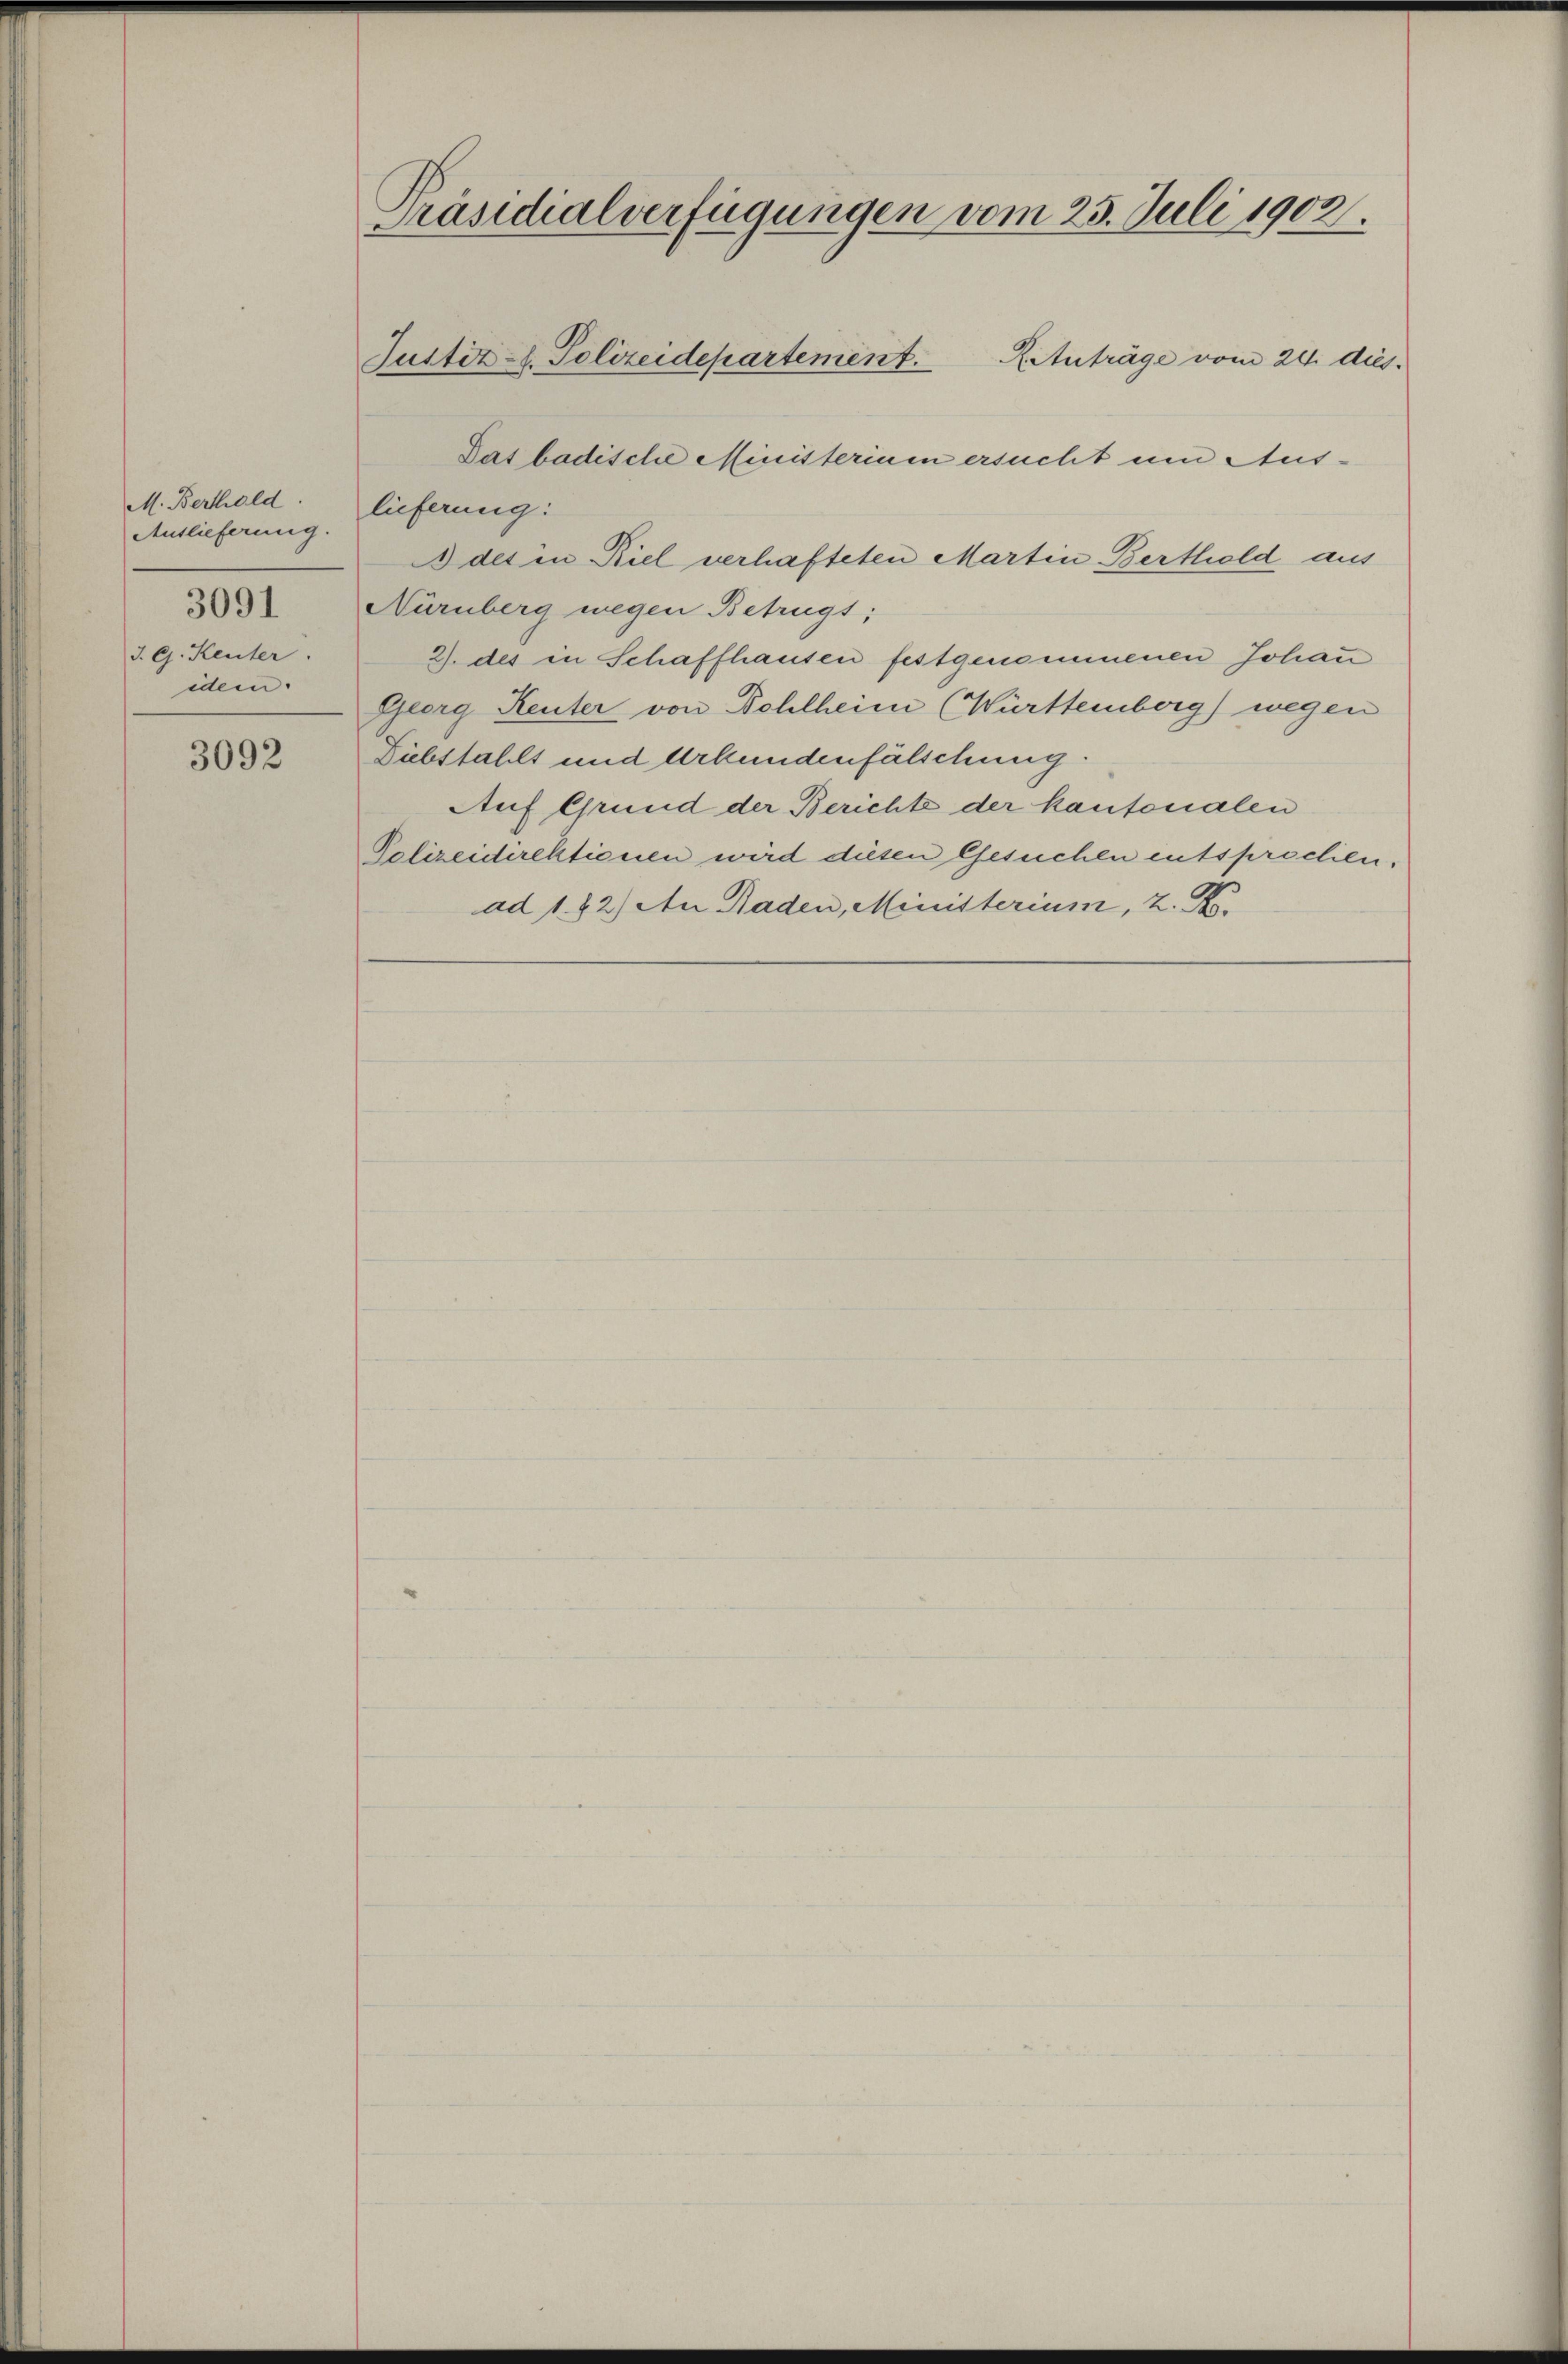
M. Berthald.
Auslieferung.
3091
J. G. Kenter
idem.

3092

Präsidialverfügungen vom 25. Juli 1902.
Justiz-S. Polizeidepartement. Retuträge vom 24. dies

Das badische Ministerium ersucht um Auslieferung:
 des in Biel verhafteten Martin Berthold aus
Nürnberg wegen Betrügt;
2. des in Schaffhausen festgenommenen Johan
Georg Reuter von Dohlheim (Württemberg) wegen
Diebstahls und Urkundenfälschung.
Auf Grund der Berichte der kantonalen
Polizeidirektionen wird diesen Gesuchen entsprochen.
ad 1.82) An Raden, Ministerium, z. B.